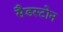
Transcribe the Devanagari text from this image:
सैडस्टोन